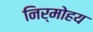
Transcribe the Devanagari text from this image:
निर्मोहय